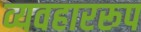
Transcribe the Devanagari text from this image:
व्यवहाररूप